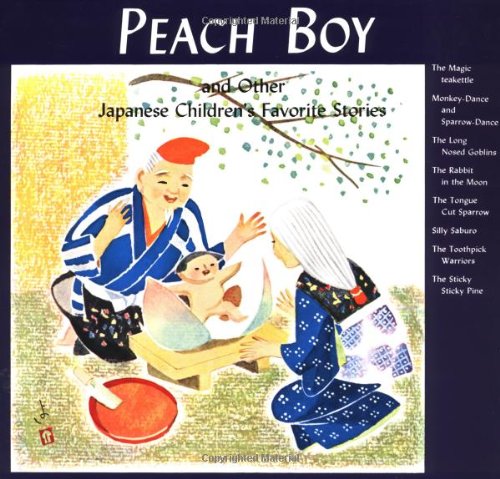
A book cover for Peach Boy; Florence Sakade; Children's Books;